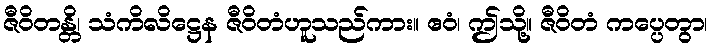
ဇီဝိတန္တိ၊ သံကိလိဋ္ဌေန ဇီဝိတံဟူသည်ကား။ ဧဝံ၊ ဤသို့။ ဇီဝိတံ ကပ္ပေတွာ၊